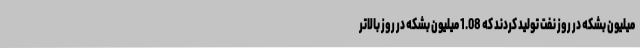
میلیون بشکه در روز نفت تولید کردند که 1.08 میلیون بشکه در روز بالاتر